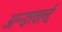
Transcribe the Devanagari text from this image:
अन्डरवर्ल्ड्